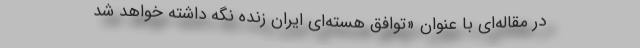
در مقاله‌‌ای با عنوان «توافق هسته‌ای ایران زنده نگه داشته خواهد شد